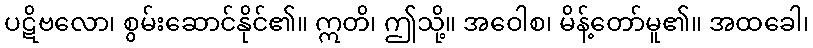
ပဋိဗလော၊ စွမ်းဆောင်နိုင်၏။ ဣတိ၊ ဤသို့။ အဝေါစ၊ မိန့်တော်မူ၏။ အထခေါ၊